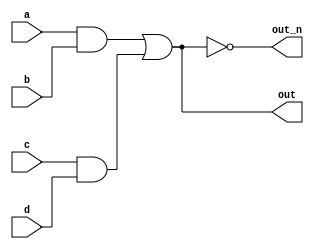
`default_nettype none
module top_module(
    input a,
    input b,
    input c,
    input d,
    output out,
    output out_n   ); 
    
    wire m,n,p;
    
    and (m,a,b);
    and (n,c,d);
    or (p,m,n);
    
    assign out = p;
    assign out_n = ~p;

endmodule